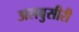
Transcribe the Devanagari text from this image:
अलबुसीरी